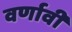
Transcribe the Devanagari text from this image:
वर्णावी